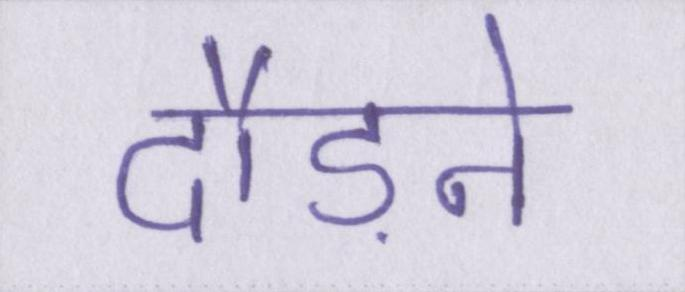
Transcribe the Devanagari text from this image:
दौड़ने